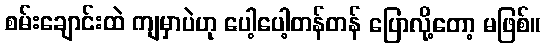
စမ်းချောင်းထဲ ကျမှာပဲဟု ပေါ့ပေါ့တန်တန် ပြောလို့တော့ မဖြစ်။